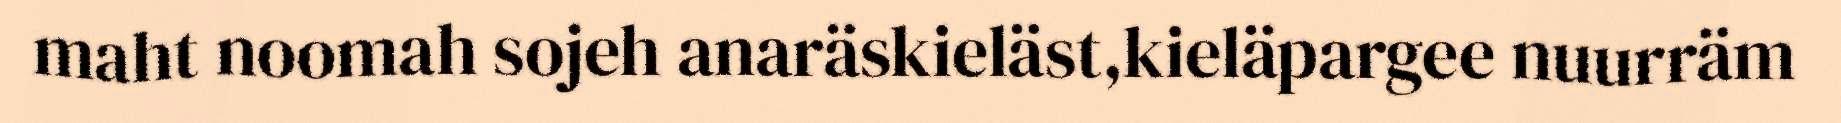
maht noomah sojeh anaräskieläst,kieläpargee nuurräm